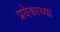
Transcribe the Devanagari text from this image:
प्रयेकाच्या